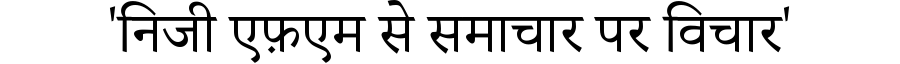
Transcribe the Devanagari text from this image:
'निजी एफ़एम से समाचार पर विचार'